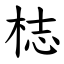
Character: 梽